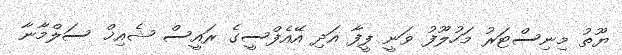
ޔޫތު މިނިސްޓަރު މަހުލޫފު ވަނީ ފީފާ އަދި އޭއެފްސީގެ ރައީސް ޝެއިޚް ސަލްމާނާ